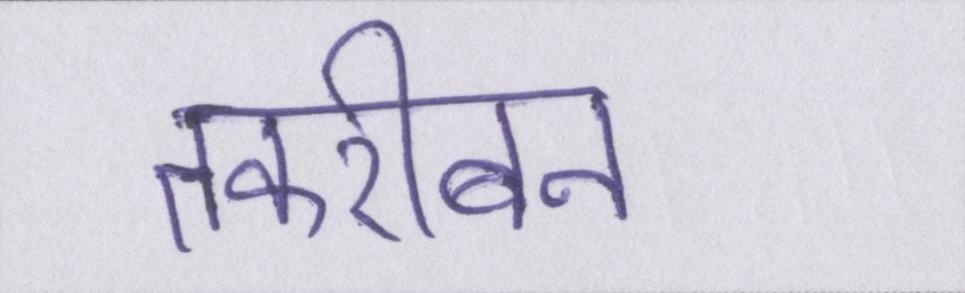
तकरीबन